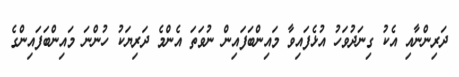
ދަރިންނާއި އެކު ގިނަދުވަހު އުޅެފައިވާ މައިންބަފައިން ނުވަތަ އެންމެ ދަރިޔަކު ހުންނަ މައިންބަފައިންގެ